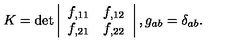
K = \det \left| \begin{array} { c c } { f _ { , 1 1 } } & { f _ { , 1 2 } } \\ { f _ { , 2 1 } } & { f _ { , 2 2 } } \\ \end{array} \right| , g _ { a b } = \delta _ { a b } .